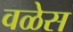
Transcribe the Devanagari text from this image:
वळेस